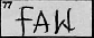
Transcription: FAW